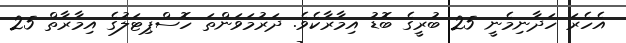
އެހެރަ ހަދާނިމެނީ 25 ބުރީގެ ބޮޑު އިމާރާކެވެ. ދަރުމަވަންތަ ހޮސްޕިޓަލުގެ އިމާރާތް 25